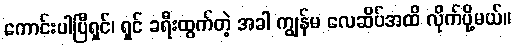
ကောင်းပါပြီရှင်၊ ရှင် ခရီးထွက်တဲ့ အခါ ကျွန်မ လေဆိပ်အထိ လိုက်ပို့မယ်။